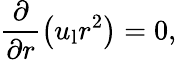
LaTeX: \frac{\partial}{\partial r}\left(u_{\mathrm{l}}r^{2}\right)=0,